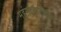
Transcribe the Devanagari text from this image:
महंमदवाडीतील